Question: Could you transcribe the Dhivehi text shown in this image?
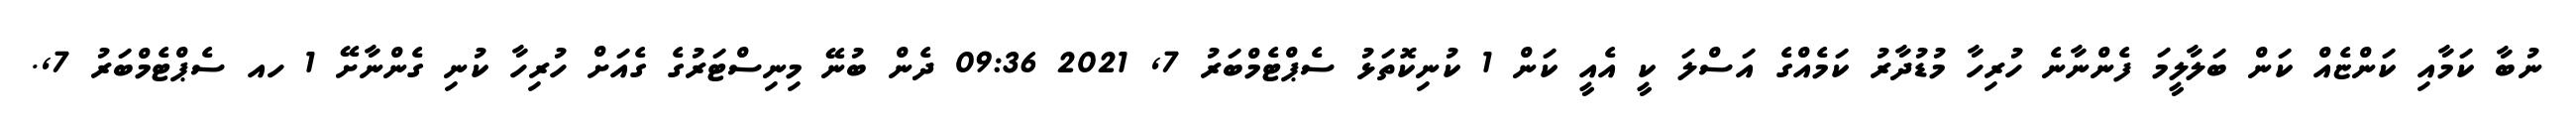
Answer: ނުބާ ކަމާއި ކަންޏެއް ކަން ބަލާލީމަ ފެންނާނެ ހުރިހާ މުޑުދާރު ކަމެއްގެ އަސްލަ ކީ އެއީ ކަން 1 ކުނިކޮތަޅު ސެޕްޓެމްބަރު 7, 2021 09:36 ދެން ބުނޭ މިނިސްޓަރުގެ ގެއަށް ހުރިހާ ކުނި ގެންނާށޭ 1 ހއ ސެޕްޓެމްބަރު 7,.